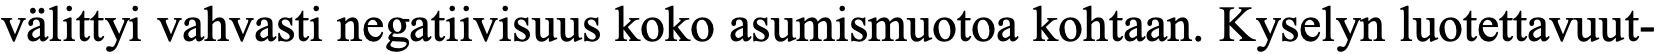
välittyi vahvasti negatiivisuus koko asumismuotoa kohtaan. Kyselyn luotettavuut-